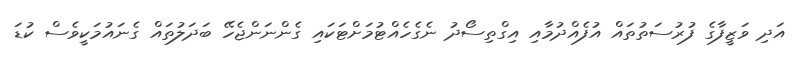
އަދި ވަޒީފާގެ ފުރުސަތުތައް އުފެއްދުމާއި އިގްތިސޯދު ނެގެހެއްޓުމަށްޓަކައި ގެންނަންޖެހޭ ބަދަލުތައް ގެނައުމަކީވެސް ކުޑަ